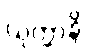
ယုတ္တာနိ